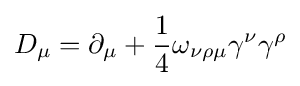
D_{\mu }=\partial _{\mu }+{\frac {1}{4}}\omega _{\nu \rho \mu }\gamma ^{\nu }\gamma ^{\rho }